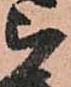
被